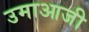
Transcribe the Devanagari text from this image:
उमाआजी